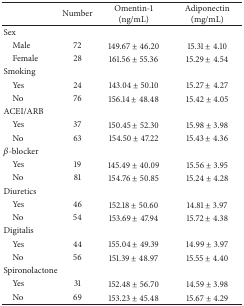
|  | Number | Omentin-1 (ng/mL) | Adiponectin (mg/mL) |
 | --- | --- | --- | --- |
 | Sex |  |  |  |
 | Male | 72 | 149.67 ± 46.20 | 15.31 ± 4.10 |
 | Female | 28 | 161.56 ± 55.36 | 15.29 ± 4.54 |
 | Smoking |  |  |  |
 | Yes | 24 | 143.04 ± 50.10 | 15.27 ± 4.27 |
 | No | 76 | 156.14 ± 48.48 | 15.42 ± 4.05 |
 | ACEI/ARB |  |  |  |
 | Yes | 37 | 150.45 ± 52.30 | 15.98 ± 3.98 |
 | No | 63 | 154.50 ± 47.22 | 15.43 ± 4.36 |
 | β-blocker |  |  |  |
 | Yes | 19 | 145.49 ± 40.09 | 15.56 ± 3.95 |
 | No | 81 | 154.76 ± 50.85 | 15.24 ± 4.28 |
 | Diuretics |  |  |  |
 | Yes | 46 | 152.18 ± 50.60 | 14.81 ± 3.97 |
 | No | 54 | 153.69 ± 47.94 | 15.72 ± 4.38 |
 | Digitalis |  |  |  |
 | Yes | 44 | 155.04 ± 49.39 | 14.99 ± 3.97 |
 | No | 56 | 151.39 ± 48.97 | 15.55 ± 4.40 |
 | Spironolactone |  |  |  |
 | Yes | 31 | 152.48 ± 56.70 | 14.59 ± 3.98 |
 | No | 69 | 153.23 ± 45.48 | 15.67 ± 4.29 |